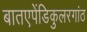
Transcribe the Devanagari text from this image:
बातएपेंडिकुलरगांठ